Indian journal of veterinary science and animal husbandry - Volume 7,
Year: 1937
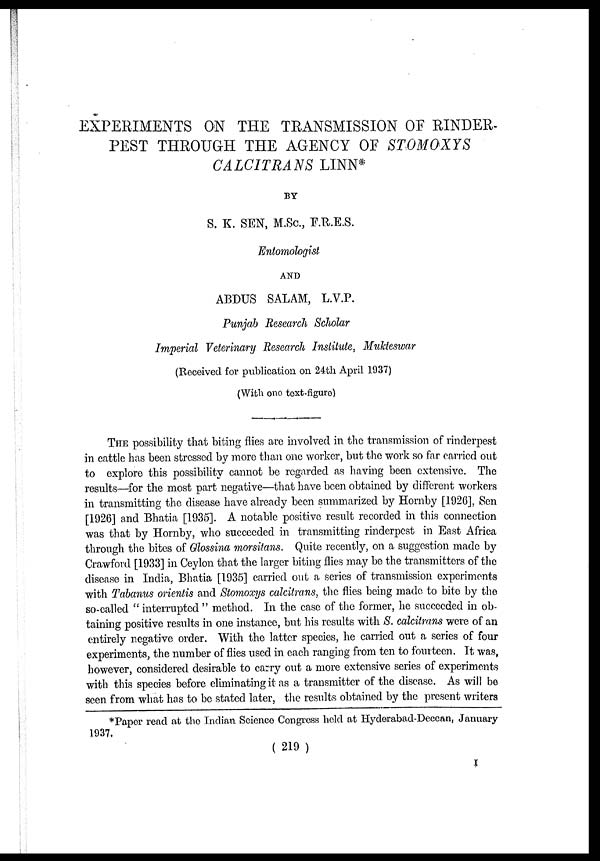
EXPERIMENTS ON THE TRANSMISSION OF RINDER-
PEST THROUGH THE AGENCY OF STOMOXYS
CALCITRANS LINN*
BY
S. K. SEN, M.Sc., F.R.E.S.
Entomologist
AND
ABDUS SALAM, L.V.P.
Punjab Research Scholar
Imperial Veterinary Research Institute, Mukteswar
(Received for publication on 24th April 1937)
(With one text-figure)
THE possibility that biting flies are involved in the transmission of rinderpest
in cattle has been stressed by more than one worker, but the work so far carried out
to explore this possibility cannot be regarded as having been extensive. The
results—for the most part negative—that have been obtained by different workers
in transmitting the disease have already been summarized by Hornby [1926], Sen
[1926] and Bhatia [1935]. A notable positive result recorded in this connection
was that by Hornby, who succeeded in transmitting rinderpest in East Africa
through the bites of Glossina morsitans. Quite recently, on a suggestion made by
Crawford [1933] in Ceylon that the larger biting flies may be the transmitters of the
disease in India, Bhatia [1935] carried out a series of transmission experiments
with Tabanus orientis and Stomoxys calcitrans, the flies being made to bite by the
so-called " interrupted " method. In the case of the former, he succeeded in ob-
taining positive results in one instance, but his results with S. calcitrans were of an
entirely negative order. With the latter species, he carried out a series of four
experiments, the number of flies used in each ranging from ten to fourteen. It was,
however, considered desirable to carry out a more extensive series of experiments
with this species before eliminating it as a transmitter of the disease. As will be
seen from what has to be stated later, the results obtained by the present writers
*Paper read at the Indian Science Congress held at Hyderabad-Deccan, January
1937,
( 219 )
I